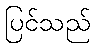
ပြင်သည်